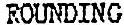
ROUNDING